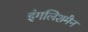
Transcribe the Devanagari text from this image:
इंगलिशमैन